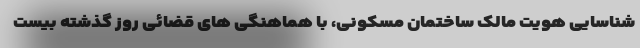
شناسایی هویت مالک ساختمان مسکونی، با هماهنگی های قضائی روز گذشته بیست